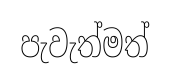
පැවැත්මත්